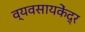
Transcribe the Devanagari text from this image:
व्यवसायकेंद्र